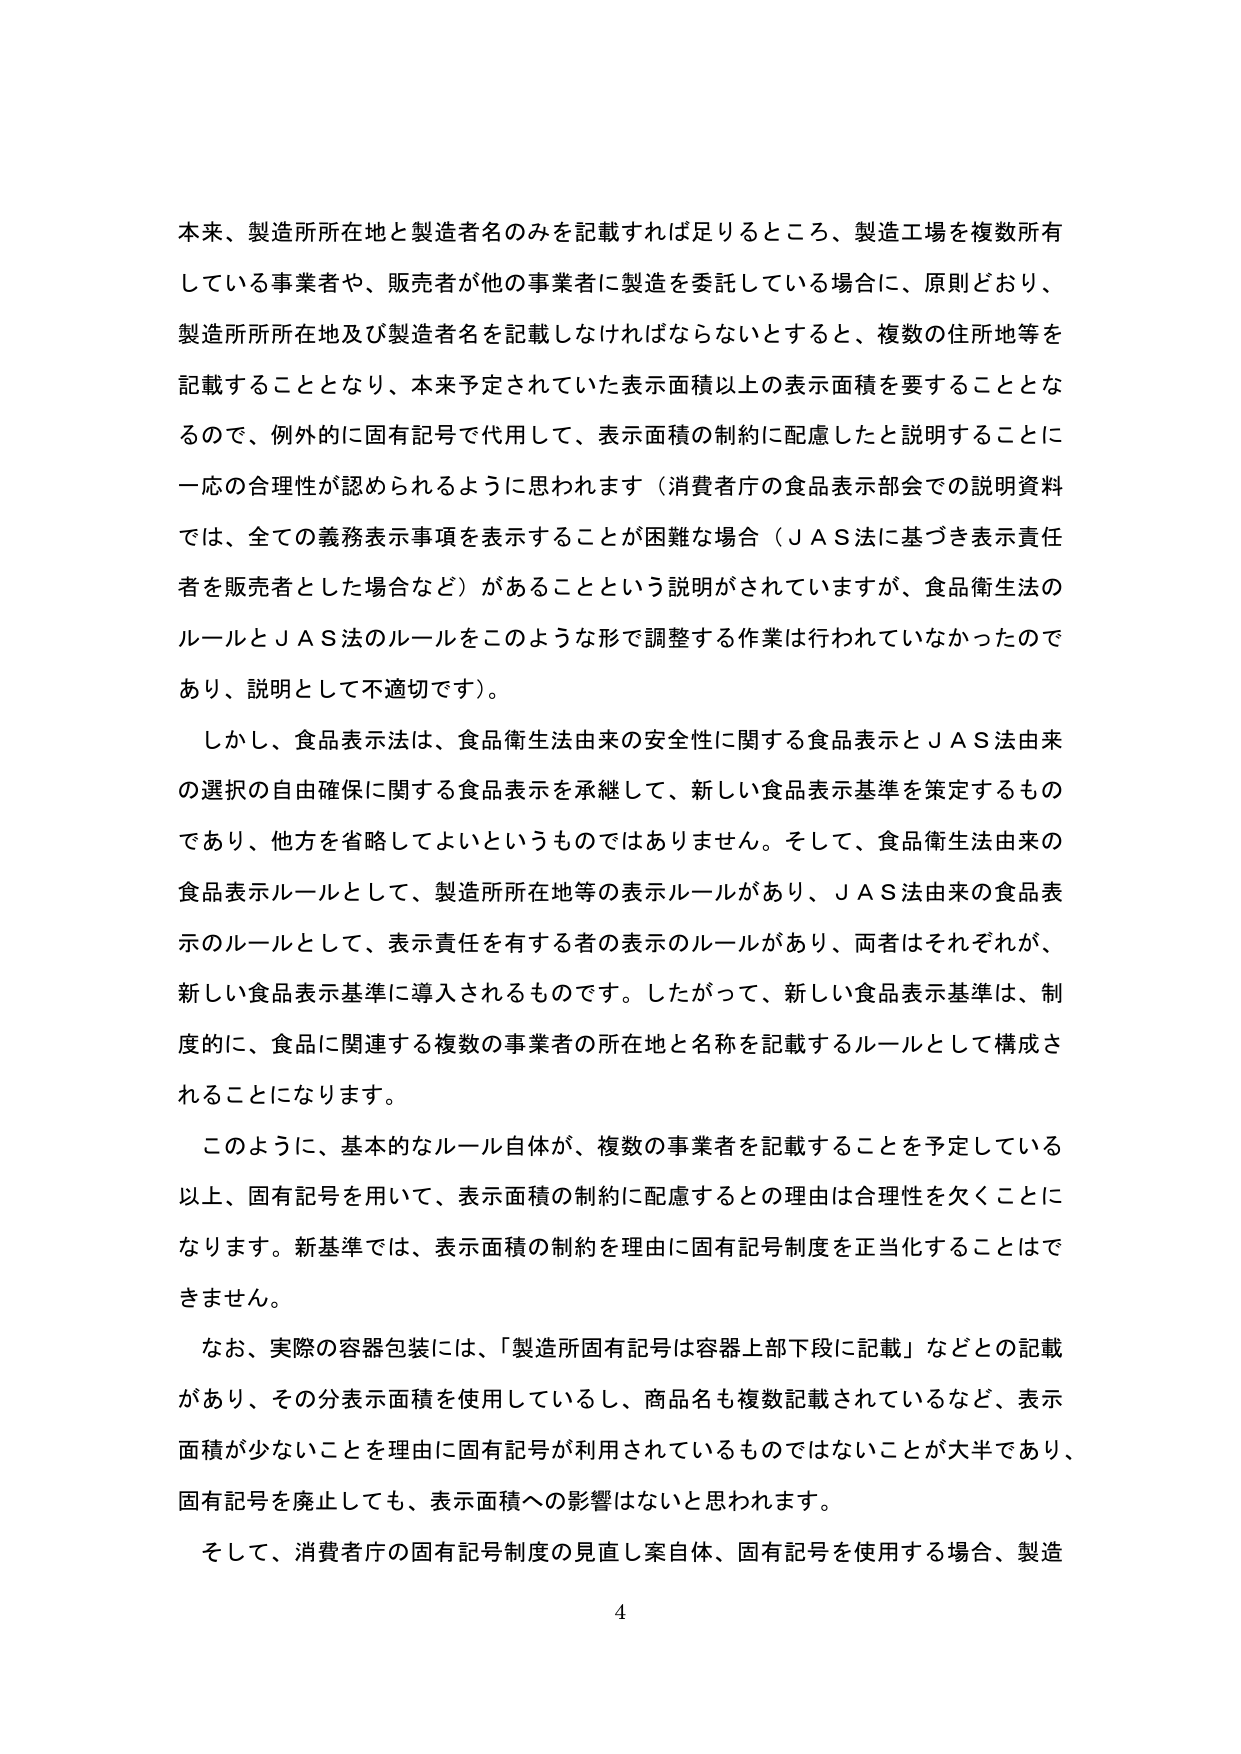
本来、製造所所在地と製造者名のみを記載すれば足りるところ、製造工場を複数所有している事業者や、販売者が他の事業者に製造を委託している場合に、原則どおり、製造所所在地及び製造者名を記載しなければならないとすると、複数の住所地等を記載することとなり、本来予定されていた表示面積以上の表示面積を要することとなるので、例外的に固有記号で代用して、表示面積の制約に配慮したと説明することに一応の合理性が認められるように思われます（消費者庁の食品表示部会での説明資料では、全ての義務表示事項を表示することが困難な場合（ＪＡＳ法に基づき表示責任者を販売者とした場合など）があることという説明がされていますが、食品衛生法のルールとＪＡＳ法のルールをこのような形で調整する作業は行われていなかったのであり、説明として不適切です）。

しかし、食品表示法は、食品衛生法由来の安全性に関する食品表示とＪＡＳ法由来の選択の自由確保に関する食品表示を承継して、新しい食品表示基準を策定するものであり、他方を省略してよいというものではありません。そして、食品衛生法由来の食品表示ルールとして、製造所所在地等の表示ルールがあり、ＪＡＳ法由来の食品表示のルールとして、表示責任を有する者の表示のルールがあり、両者はそれぞれが、新しい食品表示基準に導入されるものです。したがって、新しい食品表示基準は、制度的に、食品に関連する複数の事業者の所在地と名称を記載するルールとして構成されることになります。

このように、基本的なルール自体が、複数の事業者を記載することを予定している以上、固有記号を用いて、表示面積の制約に配慮するとの理由は合理性を欠くことになります。新基準では、表示面積の制約を理由に固有記号制度を正当化することはできません。

なお、実際の容器包装には、「製造所固有記号は容器上部下段に記載」などとの記載があり、その分表示面積を使用しているし、商品名も複数記載されているなど、表示面積が少ないことを理由に固有記号が利用されているものではないことが大半であり、固有記号を廃止しても、表示面積への影響はないと思われます。

そして、消費者庁の固有記号制度の見直し案自体、固有記号を使用する場合、製造

4